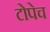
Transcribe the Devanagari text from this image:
टोपेच